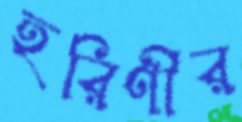
হরিণীর